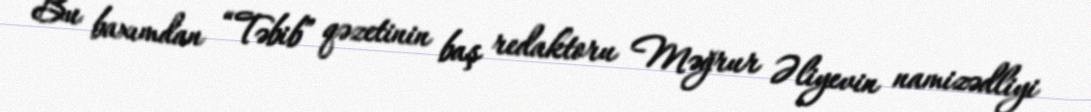
Bu baxımdan “Təbib” qəzetinin baş redaktoru Məğrur Əliyevin namizədliyi